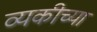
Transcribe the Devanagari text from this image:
व्यकीच्या